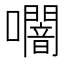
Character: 𭌩